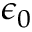
\epsilon _ { 0 }